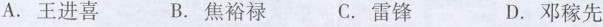
A.王进喜 B.焦裕禄 C.雷锋 D.邓稼先